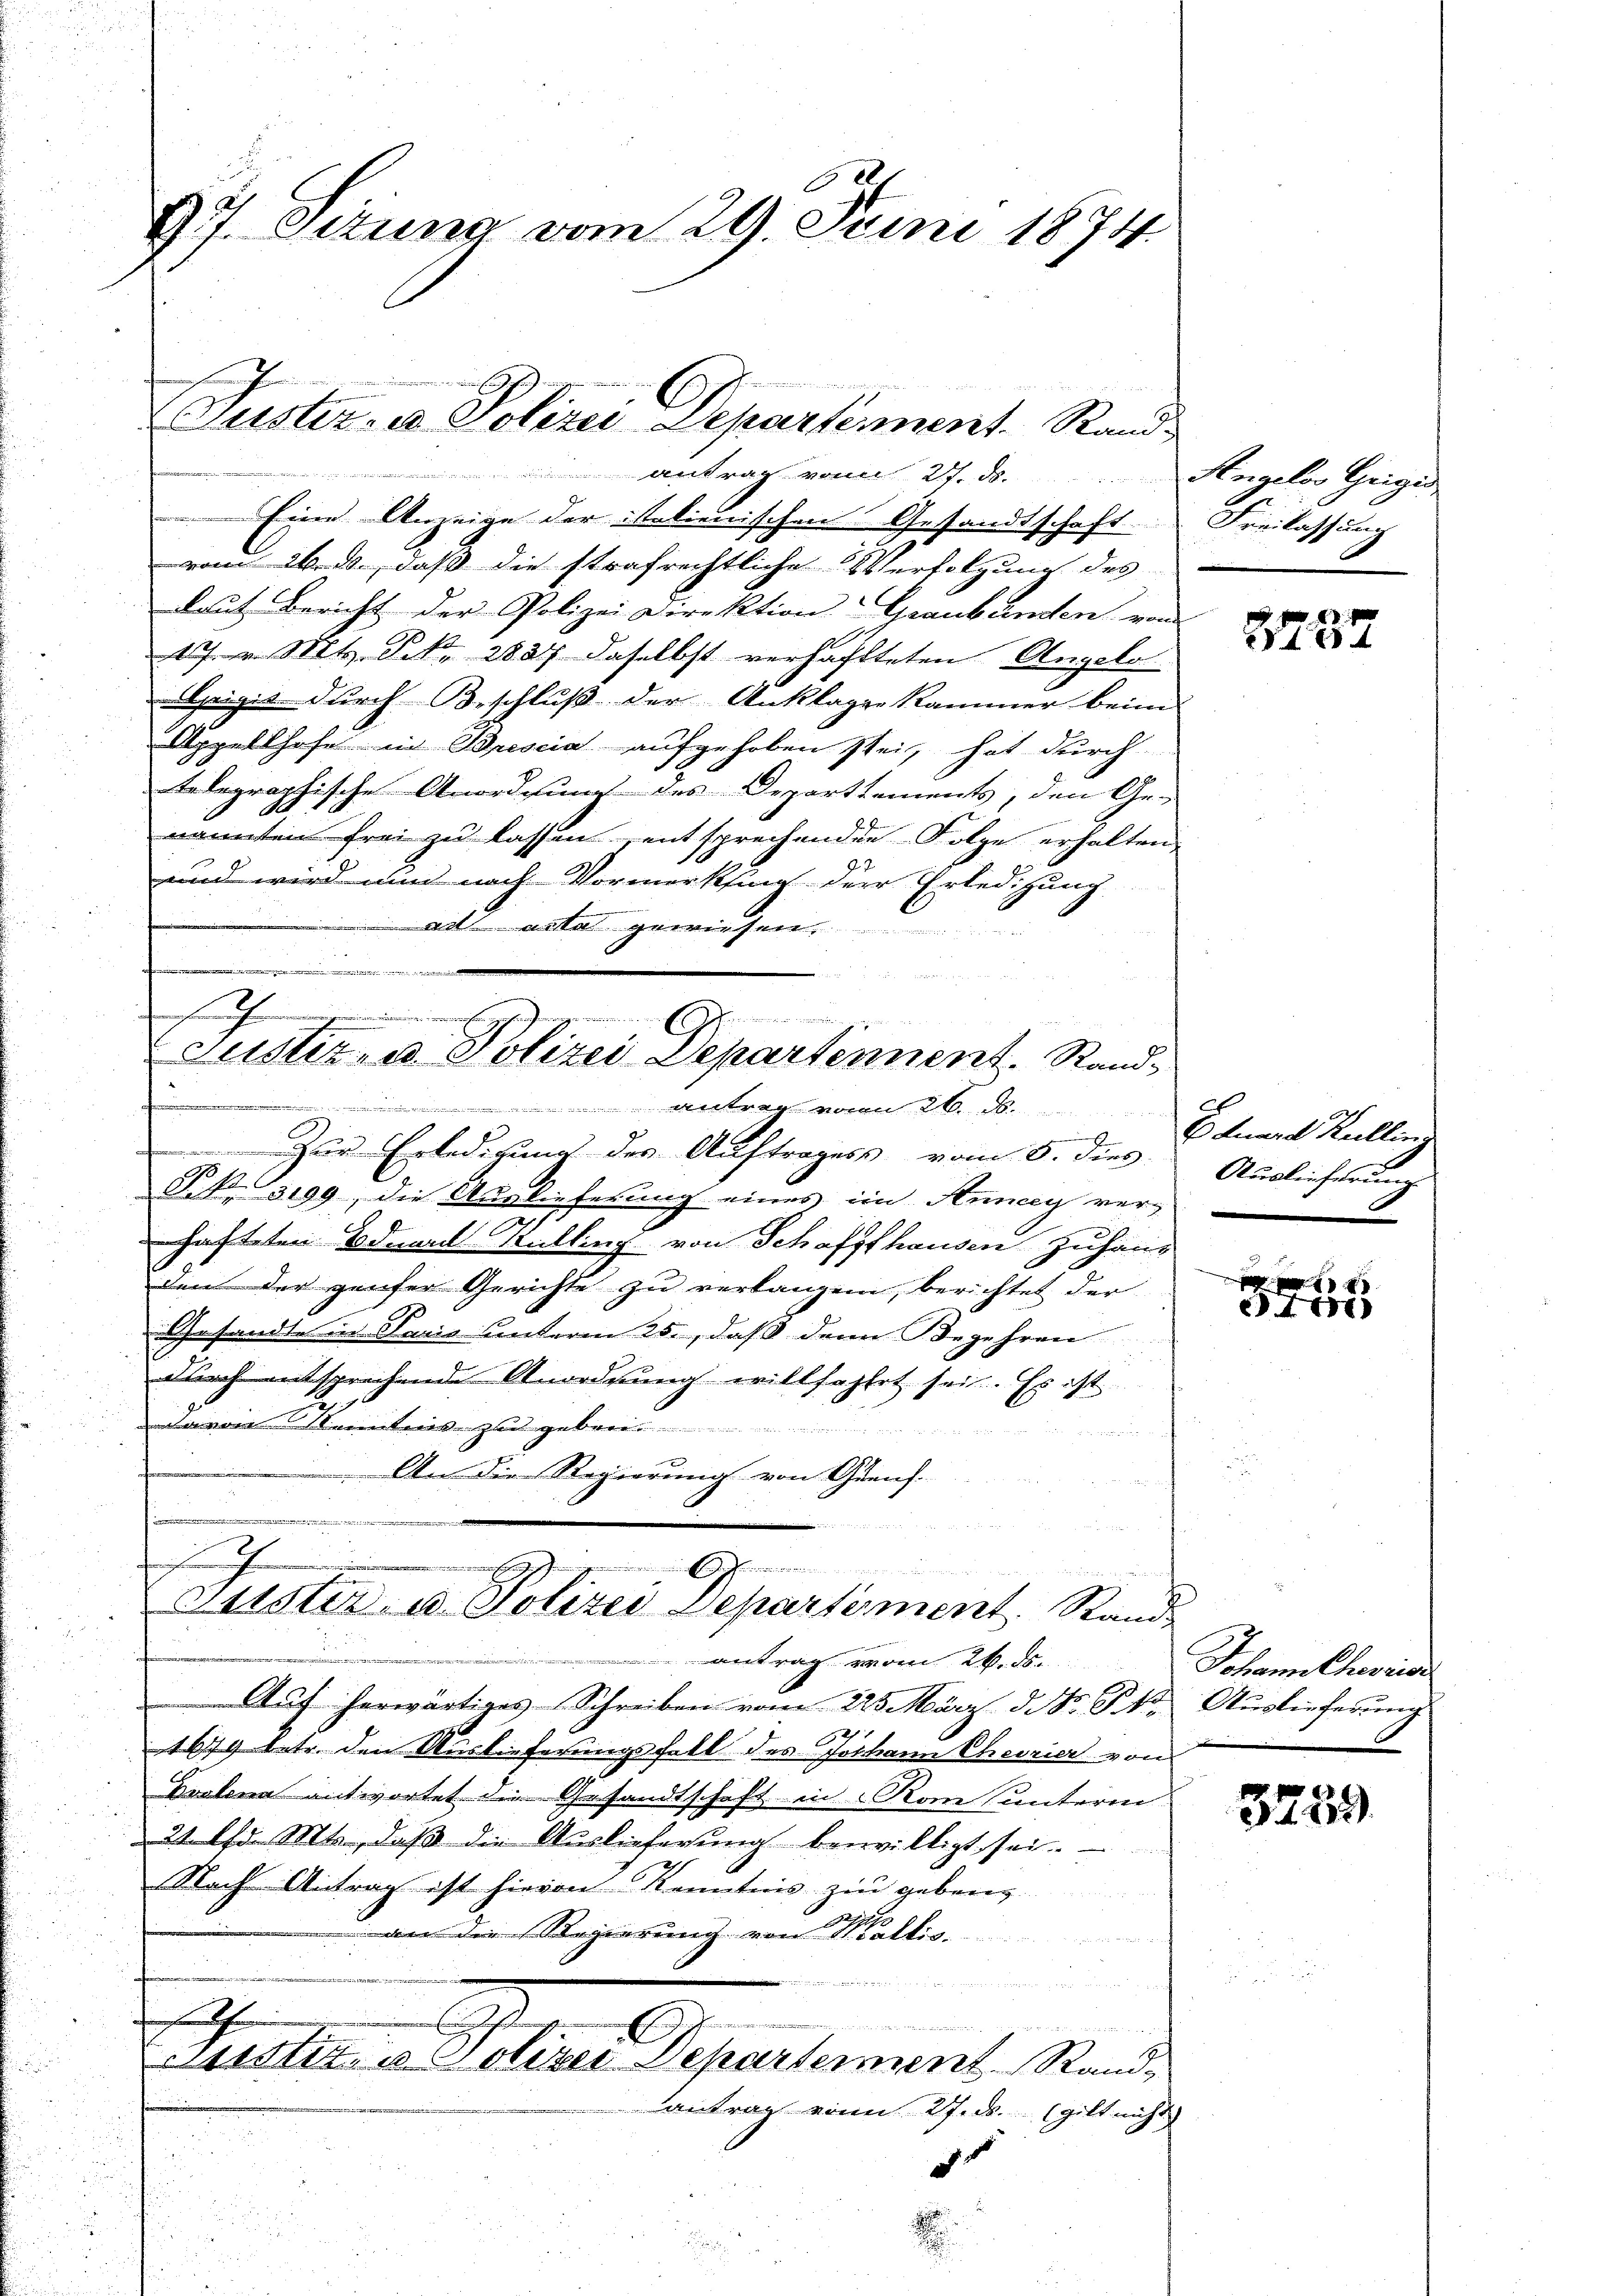
377. Situng vom 29. Juni 1874.

Guster- u Polizei Departement. Stand
antrag von 27. ds. Angelos Geigis

.
Zur Erledigung des Auftrages vom 8. dies Auslieferung
§. N. 3199, die Auslieferung eines im Anney ver-
hafteten Ideal Kalling von Schaffhausen Zuhaus
den der genser Gerichte zu verlangen, berichtet der
Gesandte in Paris unterm 25., daß denn Begehren
durch entsprechende Anordnung willfahlet sei. Es ist
Davon Stentens zu geben ............
Fessen
An die Regierung von Quens-

Eine Anzeige der italienischen Gesandtschaft
vom 24. ds., daß die strafrechtliche Verfolgung des
laut Bericht der Polizei Direktion Graubünden von
17. v. Mts. Frk. 2827 daselbst verhafteten Angelo
Apigić durch Beschluß der Ankläger Kammer beim
Appellhofe in Drescia aufgehoben sei, hat durch
telegraphische Anordnung des Departtements, den Ge-
nannten frei zu lassen, entsprechenden Folge erhalten,
und wird nun nach Vormerksing der Erledigung
aitacta gewiesen,
B
ff           der

e
.
e

Justiz- u. Polizei Departennent Stand¬
 Antrag von 20. d.

u
2
Jg
i
Lüster u. Polizei Departement. Stand

u
antrag vom 24. ds.
Auf herwärtiges Schreiben vom 225. März d. d. St. Auslieferung
1679 betr. den Auslieferungsfall des Johann Theorier von
Koslena antwortet die Gesandtschaft in Rom unterm
21. Chr. Mts., daβ die Aŭslieferŭng bewilligt sei.
Nach Antrag ist hievon Kenntnis zu gebens
an die Regierung von Wallis.
wassenscht er den in die
dfein
vemen und
t
Lusti, u. Polizei Departement Rand,
antrag von 27. ds. gilt nicht

Freilassung

3737

Eduard Kulling

t
441

Schann theori
.

3259